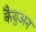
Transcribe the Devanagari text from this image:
कैयुअन